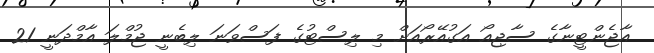
އާޖެންޓީނާގެ ސާޖިއޯ އަގުއޭރޯއަށް މި ލިސްޓުގެ ފަސްވަނަ ލިބެނީ ޖުމްލަ އާމްދަނީ 21